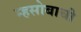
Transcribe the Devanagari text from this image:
म्हसोबाची